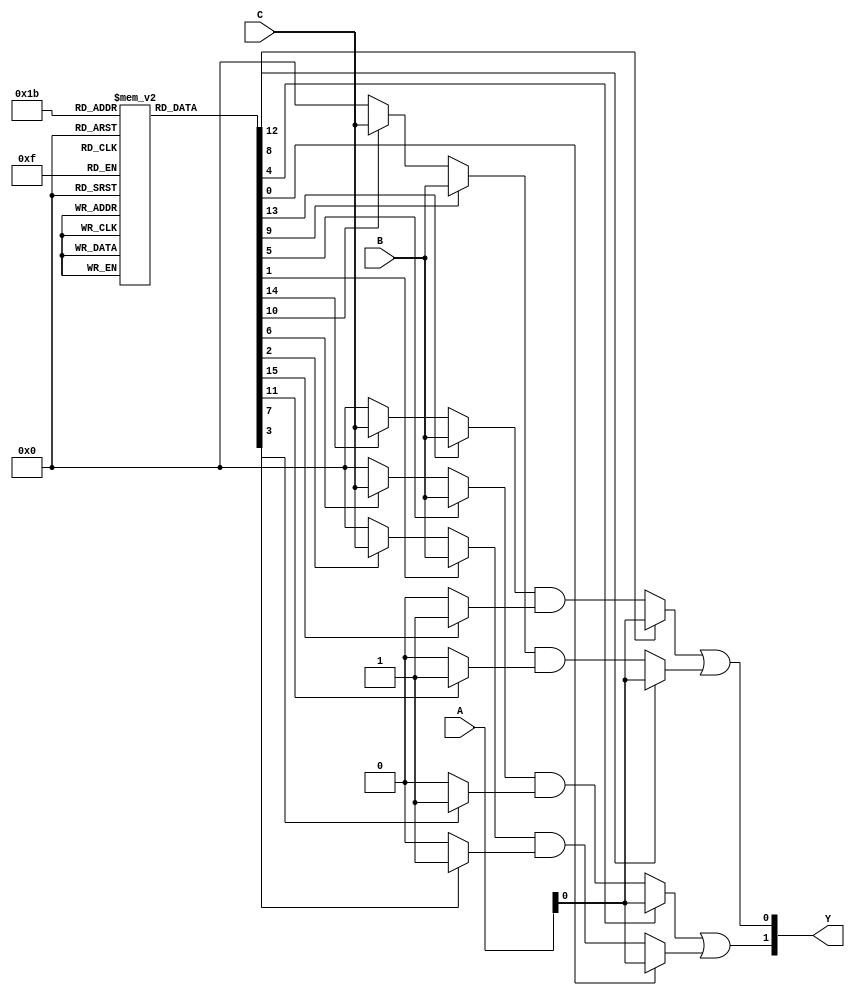
module FusedPAL #(parameter N = 4, // Number of inputs
                  parameter M = 2, // Number of outputs
                  parameter P = 4  // Number of programmable AND gates
                 ) (
    input  wire [N-1:0] A, // Input signals
    input  wire [N-1:0] B, // Assuming you have N input signals
    input  wire [N-1:0] C, // More input signals
    output wire [M-1:0] Y  // Output signals
);

// Programmable AND gates (each can be connected to a subset of inputs)
wire [P-1:0] and_out; // Outputs of AND gates
reg [N-1:0] and_programming [P-1:0]; // Programming connections for AND gates

// Example configuration (this would typically be set by a programming mechanism)
initial begin
    // Programming the AND gates (example configurations)
    // and_programming[0] = {1'b1, 1'b1, 1'b0, 1'b0}; // A & B
    // and_programming[1] = {1'b1, 1'b0, 1'b1, 1'b0}; // A & C
    // and_programming[2] = {1'b0, 1'b1, 1'b1, 1'b0}; // B & C
    // and_programming[3] = {1'b1, 1'b1, 1'b1, 1'b0}; // A & B & C

    // Programming example - Change these based on desired logic
    // Here I'm just providing some default values.
    and_programming[0] = {1'b1, 1'b1, 1'b0, 1'b0}; // AND gate 0: A AND B
    and_programming[1] = {1'b1, 1'b0, 1'b1, 1'b0}; // AND gate 1: A AND C
    and_programming[2] = {1'b0, 1'b1, 1'b1, 1'b0}; // AND gate 2: B AND C
    and_programming[3] = {1'b1, 1'b1, 1'b1, 1'b0}; // AND gate 3: A AND B AND C
end

// Generate the programmable AND gates
genvar i;
generate
    for (i = 0; i < P; i = i + 1) begin : and_gates
        assign and_out[i] = and_programming[i][0] ? A :
                           (and_programming[i][1] ? B : 
                           (and_programming[i][2] ? C : 1'b0)) &&  // Extend for more inputs
                           (and_programming[i][3] ? 1'b1 : 1'b0);  // Assuming fixed logic
    end
endgenerate

// Fixed OR array - simplification assumes each output Y connects to a fixed certain AND gates
assign Y[0] = and_out[0] | and_out[1]; // Example: Y1 = AND0 or AND1
assign Y[1] = and_out[2] | and_out[3]; // Example: Y2 = AND2 or AND3

endmodule